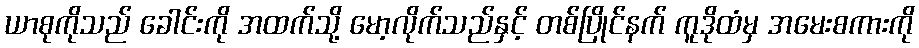
ယာစုကိုသည် ခေါင်းကို အထက်သို့ မော့လိုက်သည်နှင့် တစ်ပြိုင်နက် ကူဒိုထံမှ အမေးစကားကို